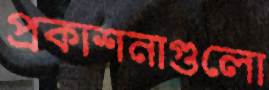
প্রকাশনাগুলো